Observations on rabies - Number 36
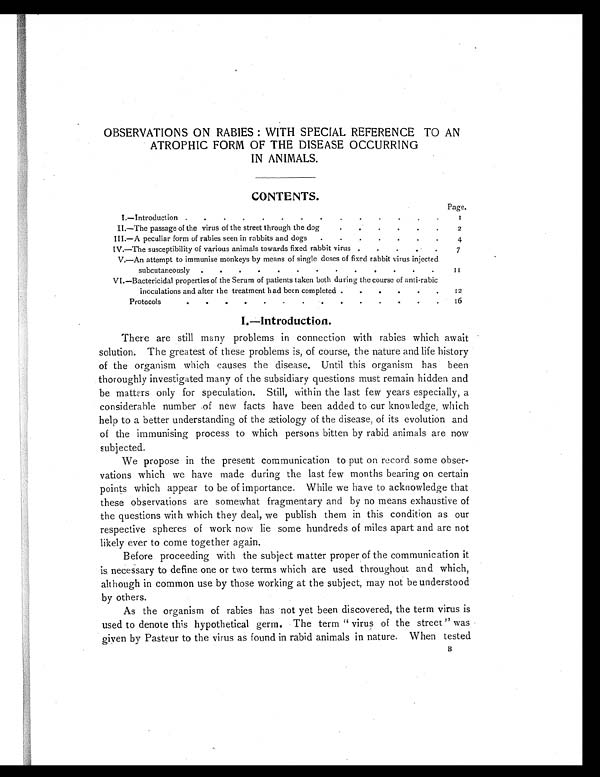
OBSERVATIONS ON RABIES: WITH SPECIAL REFERENCE TO AN
ATROPHIC FORM OF THE DISEASE OCCURRING
IN ANIMALS
CONTENTS.
I . — I n t r o d u c t i o n . . . . . . . . . . . . . .
Page.
II.—The passage of the virus of the street through the dog
.
. . . . . 2
III.—A peculiar form of rabies seen in rabbits and dogs .
. . . . . . 4
IV.—The susceptibility of various animals towards fixed rabbit virus
. . . . 7
V.—An attempt to immunise monkeys by means of single doses of fixed rabbit virus injected
subcutaneously
1 1
VI.—Bactericidal properties of the Serum of patients taken both during the course of anti-rabic
inoculations and after the treatment had been completed
12
Protocols
. . . . .
. . . .
. . .
. . 16
I.—Introduction.
There are still many problems in connection with rabies which await
solution. The greatest of these problems is, of course, the nature and life history
of the organism which causes the disease. Until this organism has been
thoroughly investigated many of the subsidiary questions must remain hidden and
be matters only for speculation. Still, within the last few years especially, a
considerable number of new facts have been added to our knowledge, which
help to a better understanding of the ætiology of the disease, of its evolution and
of the immunising process to which persons bitten by rabid animals are now
subjected.
We propose in the present communication to put on record some obser-
vations which we have made during the last few months bearing on certain
points which appear to be of importance. While we have to acknowledge that
these observations are somewhat fragmentary and by no means exhaustive of
the questions with which they deal, we publish them in this condition as our
respective spheres of work now lie some hundreds of miles apart and are not
likely ever to come together again.
Before proceeding with the subject matter proper of the communication it
is necessary to define one or two terms which are used throughout and which,
although in common use by those working at the subject, may not be understood
by others.
As the organism of rabies has not yet been discovered, the term virus is
used to denote this hypothetical germ. The term "virus of the street" was
given by Pasteur to the virus as found in rabid animals in nature. When tested
B